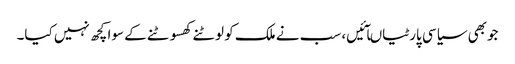
جوبھی سیاسی پارٹیاںآئیں، سب نے ملک کو لوٹنے کھسوٹنے کے سوا کچھ نہیں کیا۔